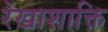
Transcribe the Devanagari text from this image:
रेखाशाक्ति